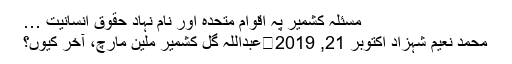
مسئلہ کشمیر پہ اقوام متحدہ اور نام نہاد حقوق انسانیت …
محمد نعیم شہزاد اکتوبر 21, 2019	عبداللہ گِل کشمیر ملین مارچ، آخر کیوں؟